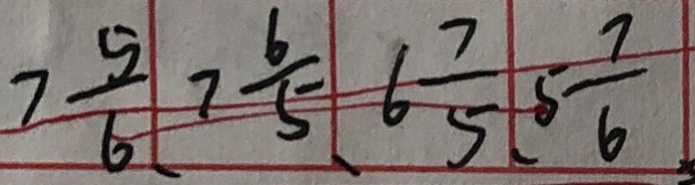
7 \frac { 5 } { 6 } 、 7 \frac { 6 } { 5 } 、 6 \frac { 7 } { 5 } 、 5 \frac { 7 } { 6 }